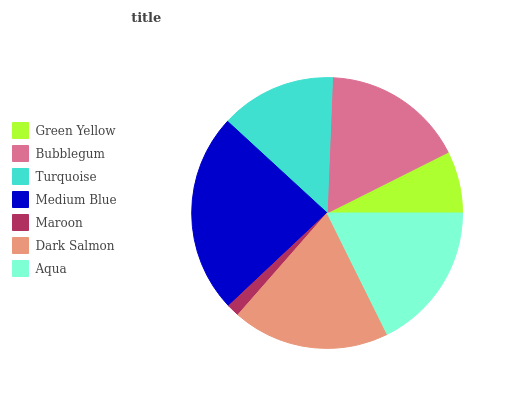
| Green Yellow | Bubblegum | Turquoise | Medium Blue | Maroon | Dark Salmon | Aqua |
 | --- | --- | --- | --- | --- | --- | --- |
 | 7.4% | 17% | 13.8% | 23.9% | 1.52% | 18.8% | 17.7% |